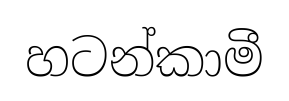
හටන්කාමී